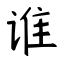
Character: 谁